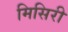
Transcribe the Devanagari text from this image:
मिसिरी